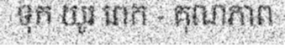
ទុក យូរ ពេក - គុណភាព